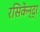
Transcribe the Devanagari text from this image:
रसिकेन्द्र